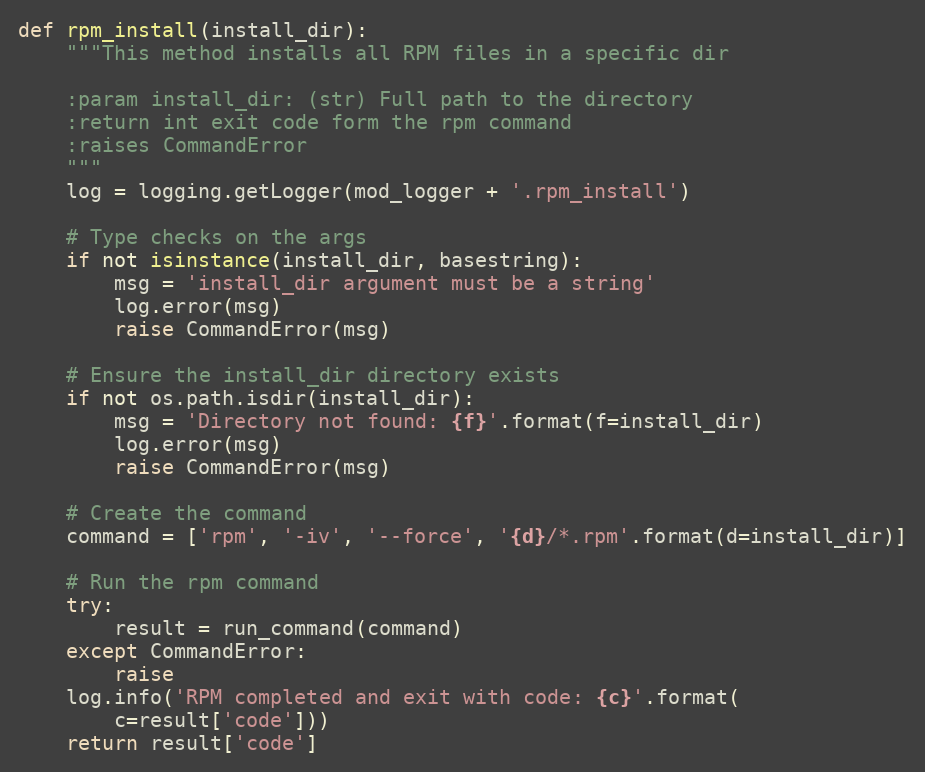
Language: Python
def rpm_install(install_dir):
    """This method installs all RPM files in a specific dir

    :param install_dir: (str) Full path to the directory
    :return int exit code form the rpm command
    :raises CommandError
    """
    log = logging.getLogger(mod_logger + '.rpm_install')

    # Type checks on the args
    if not isinstance(install_dir, basestring):
        msg = 'install_dir argument must be a string'
        log.error(msg)
        raise CommandError(msg)

    # Ensure the install_dir directory exists
    if not os.path.isdir(install_dir):
        msg = 'Directory not found: {f}'.format(f=install_dir)
        log.error(msg)
        raise CommandError(msg)

    # Create the command
    command = ['rpm', '-iv', '--force', '{d}/*.rpm'.format(d=install_dir)]

    # Run the rpm command
    try:
        result = run_command(command)
    except CommandError:
        raise
    log.info('RPM completed and exit with code: {c}'.format(
        c=result['code']))
    return result['code']